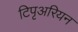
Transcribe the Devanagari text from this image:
टिपृअरियन